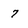
Character: 7